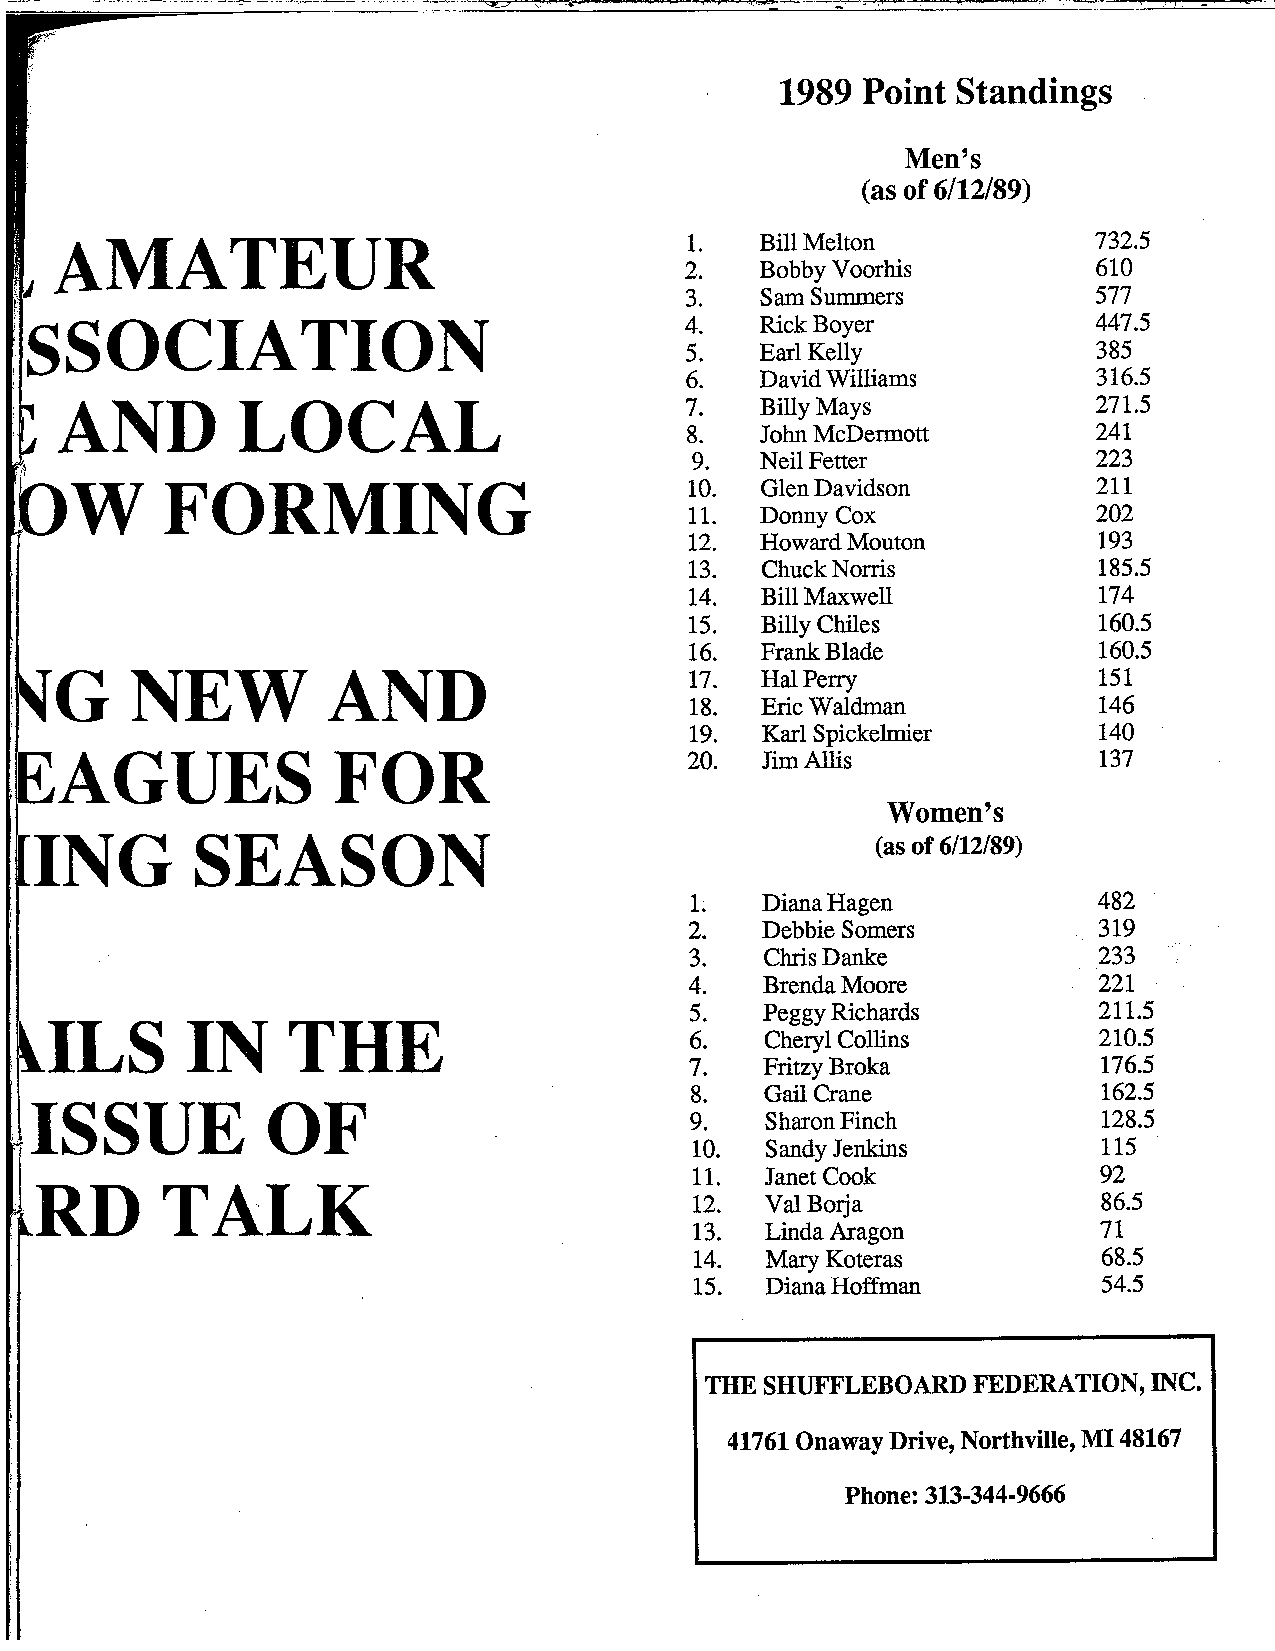
1989 Point  Standings
 Men's
 (as of 6/12/89)
 AMATEUR                                        Bill Melton
 Bobby Voorhis
 Sam Summers
 Rick Boyer
 Earl Kelly
 I
 David Williams
 Billy Mays
 AND         LOCAL
 John McDermott
 Neil Fetter
 DW        FORMING                                 Glen Davidson
 I
 Donny Cox
 Howard Mouton
 Chuck Norris
 ~.IG                                              Bill Maxwell
 Billy Chiles
 Frank Blade
 NEW          AND
 Hal Perry
 Eric Waldman
 Karl Spickelmier
 FAGUES               FOR
 Jim Allis
 Women's
 (as of 6/12/89)
 Diana Hagen
 Debbie Somers
 Chris Danke
 Brenda Moore
 Peggy Richards
 bILS        IN    THE
 Cheryl Collins
 Fritzy Broka
 Gail Crane
 Sharon Finch
 Sandy Jenkins
 Janet Cook
 Val Borja
 Linda Aragon
 Mary Koteras
 Diana Hoffman
 THE SHUFFLEBOARD FEDERATION, INC.
 41761 Onaway Drive, Northville, MI 48167
 Phone: 313-344-9666